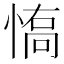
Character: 𱞽